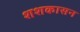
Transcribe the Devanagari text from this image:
शशकासन